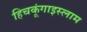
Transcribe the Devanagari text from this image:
हिचकूंगाइस्लाम